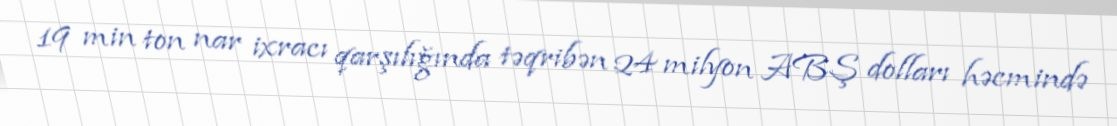
19 min ton nar ixracı qarşılığında təqribən 24 milyon ABŞ dolları həcmində